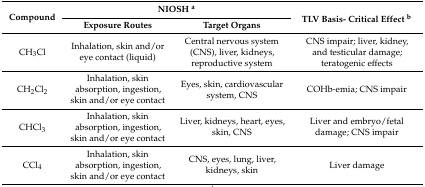
| <ROWSPAN=2> Compound | <COLSPAN=2> NIOSH a | <ROWSPAN=2> TLV Basis- Critical Effect b |
 | Exposure Routes | Target Organs |
 | --- | --- | --- | --- |
 | CH3Cl | Inhalation, skin and/or eye contact (liquid) | Central nervous system (CNS), liver, kidneys, reproductive system | CNS impair; liver, kidney, and testicular damage; teratogenic effects |
 | CH2Cl2 | Inhalation, skin absorption, ingestion, skin and/or eye contact | Eyes, skin, cardiovascular system, CNS | COHb-emia; CNS impair |
 | CHCl3 | Inhalation, skin absorption, ingestion, skin and/or eye contact | Liver, kidneys, heart, eyes, skin, CNS | Liver and embryo/fetal damage; CNS impair |
 | CCl4 | Inhalation, skin absorption, ingestion, skin and/or eye contact | CNS, eyes, lung, liver, kidneys, skin | Liver damage |